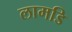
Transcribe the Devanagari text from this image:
लामडि